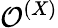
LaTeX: {\cal O}^{(X)}